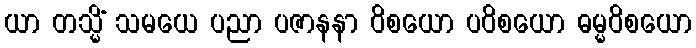
ယာ တသ္မိံ သမယေ ပညာ ပဇာနနာ ဝိစယော ပဝိစယော ဓမ္မဝိစယော